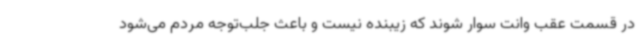
در قسمت عقب وانت سوار شوند که زیبنده نیست و باعث جلب‌توجه مردم می‌شود